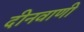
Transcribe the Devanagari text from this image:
दीनवाणी